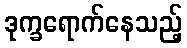
ဒုက္ခရောက်နေသည့်